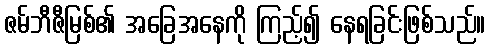
ဇမ်ဘီဇီမြစ်၏ အခြေအနေကို ကြည့်၍ နေရခြင်းဖြစ်သည်။